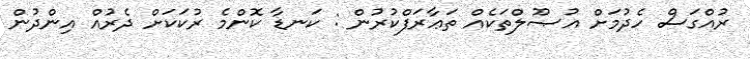
ރުއްގަސް ހެދުމަށް އުޞޫލްތަކެއް ތަޢާރަފްކުރުން : ކަނޑާ ކޮންމެ ރުކަކަށް ދެރުއް އިންދުން